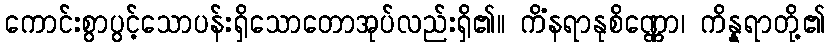
ကောင်းစွာပွင့်သောပန်းရှိသောတောအုပ်လည်းရှိ၏။ ကိံနရာနုစိဏ္ဏော၊ ကိန္နရာတို့၏